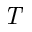
\textit { T }